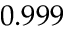
0 . 9 9 9